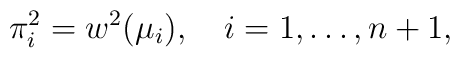
\pi_i^2=w^2(\mu_i),\quad i=1,\ldots,n+1,